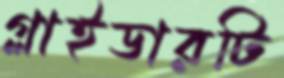
গ্লাইডারটি